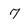
Character: 7